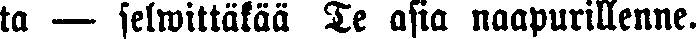
ta — selwittäkää Te asia naapurillenne.